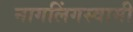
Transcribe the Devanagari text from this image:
नागलिंगस्वामी